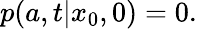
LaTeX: p(a,t|x_{0},0)=0.